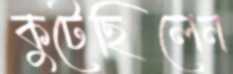
কুটেছিলেন